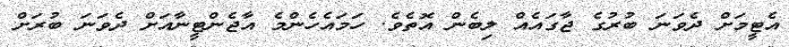
އެޓީމަށް ދެވަނަ ބުރުގެ ޖާގައެއް ލިބެން އޮތެވެ. ހަމައެހެންމެ އާޖެންޓީނާއަށް ދެވަނަ ބުރަށް